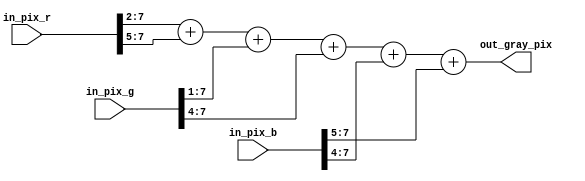
module rgb_to_grayscale (
	input [7:0] in_pix_r,
	input [7:0] in_pix_g,
	input [7:0] in_pix_b,
	output [7:0] out_gray_pix);

	assign out_gray_pix = (in_pix_r >> 2) + (in_pix_r >> 5) +
							(in_pix_g >> 1) + (in_pix_g >> 4) +
							(in_pix_b >> 4) + (in_pix_b >> 5);  
endmodule